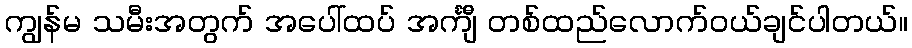
ကျွန်မ သမီးအတွက် အပေါ်ထပ် အင်္ကျီ တစ်ထည်လောက်ဝယ်ချင်ပါတယ်။